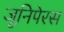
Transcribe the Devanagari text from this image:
जूनिपेरस